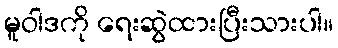
မူဝါဒကို ရေးဆွဲထားပြီးသားပါ။